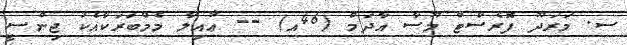
ސ. މަރަދޫ ފޮރެސްޓް މޫސާ އާދަމް (46އ) -- ޢާއިލާ މެމްބަރަކާއެކު ޖިންސީ